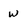
Character: w